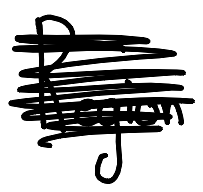
Text: Region
Cross-out: scratch
Writing tool: digital_black